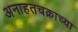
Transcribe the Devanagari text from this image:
अनाहतचक्राच्या